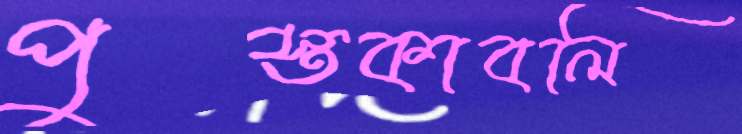
পুস্তকাবলি